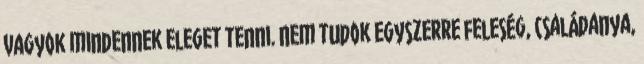
vagyok mindennek eleget tenni. Nem tudok egyszerre feleség, családanya,